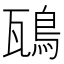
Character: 𩿺